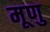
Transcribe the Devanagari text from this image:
मूणु